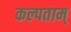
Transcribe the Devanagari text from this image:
कल्पताम्